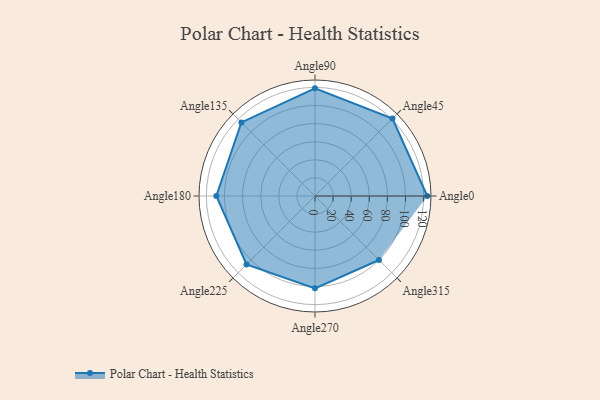
{"axis": {"x": "Angle", "y": "Radius"}, "legend": [""], "data": [{"x": "Angle0", "y": 124.0, "type": ""}, {"x": "Angle45", "y": 121.0, "type": ""}, {"x": "Angle90", "y": 119.0, "type": ""}, {"x": "Angle135", "y": 115.0, "type": ""}, {"x": "Angle180", "y": 109.0, "type": ""}, {"x": "Angle225", "y": 107.0, "type": ""}, {"x": "Angle270", "y": 102.0, "type": ""}, {"x": "Angle315", "y": 100.0, "type": ""}]}